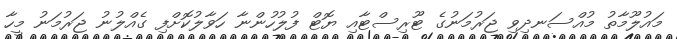
މައުލޫމާތު މުއްސަނދިވި ޖަރުމަނުގެ ޓޫރިސްޓާއި ޔޮޓް ފުލުހުންނާ ހަވާލުކޮށްފި ގެއްލުނު ޖަރުމަނު މީހާ